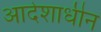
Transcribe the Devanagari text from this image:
आदेशाधीन